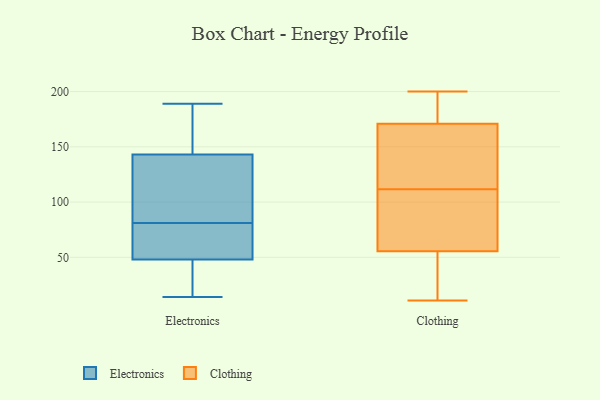
{"axis": {"x": "Website Visitors", "y": "Value"}, "legend": ["Clothing", "Electronics"], "data": [{"x": "", "y": 81, "type": "Electronics"}, {"x": "", "y": 167, "type": "Electronics"}, {"x": "", "y": 51, "type": "Electronics"}, {"x": "", "y": 39, "type": "Electronics"}, {"x": "", "y": 14, "type": "Electronics"}, {"x": "", "y": 51, "type": "Electronics"}, {"x": "", "y": 135, "type": "Electronics"}, {"x": "", "y": 126, "type": "Electronics"}, {"x": "", "y": 189, "type": "Electronics"}, {"x": "", "y": 175, "type": "Electronics"}, {"x": "", "y": 79, "type": "Electronics"}, {"x": "", "y": 35, "type": "Electronics"}, {"x": "", "y": 135, "type": "Electronics"}, {"x": "", "y": 38, "type": "Clothing"}, {"x": "", "y": 11, "type": "Clothing"}, {"x": "", "y": 148, "type": "Clothing"}, {"x": "", "y": 43, "type": "Clothing"}, {"x": "", "y": 108, "type": "Clothing"}, {"x": "", "y": 68, "type": "Clothing"}, {"x": "", "y": 34, "type": "Clothing"}, {"x": "", "y": 200, "type": "Clothing"}, {"x": "", "y": 188, "type": "Clothing"}, {"x": "", "y": 197, "type": "Clothing"}, {"x": "", "y": 128, "type": "Clothing"}, {"x": "", "y": 16, "type": "Clothing"}, {"x": "", "y": 115, "type": "Clothing"}, {"x": "", "y": 163, "type": "Clothing"}, {"x": "", "y": 185, "type": "Clothing"}, {"x": "", "y": 78, "type": "Clothing"}, {"x": "", "y": 179, "type": "Clothing"}, {"x": "", "y": 77, "type": "Clothing"}, {"x": "", "y": 70, "type": "Clothing"}, {"x": "", "y": 135, "type": "Clothing"}]}